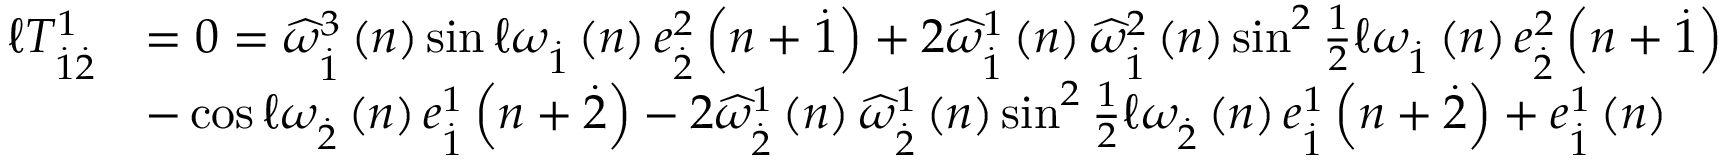
\begin{array} { r l } { \mathcal { \ell } T _ { \overset { . } { 1 } \overset { . } { 2 } } ^ { 1 } } & { = 0 = \widehat { \omega } _ { \overset { . } { 1 } } ^ { 3 } \left( n \right) \sin \mathcal { \ell } \omega _ { \overset { . } { 1 } } \left( n \right) e _ { \overset { . } { 2 } } ^ { 2 } \left( n + \overset { . } { 1 } \right) + 2 \widehat { \omega } _ { \overset { . } { 1 } } ^ { 1 } \left( n \right) \widehat { \omega } _ { \overset { . } { 1 } } ^ { 2 } \left( n \right) \sin ^ { 2 } \frac { 1 } { 2 } \mathcal { \ell } \omega _ { \overset { . } { 1 } } \left( n \right) e _ { \overset { . } { 2 } } ^ { 2 } \left( n + \overset { . } { 1 } \right) } \\ & { - \cos \mathcal { \ell } \omega _ { \overset { . } { 2 } } \left( n \right) e _ { \overset { . } { 1 } } ^ { 1 } \left( n + \overset { . } { 2 } \right) - 2 \widehat { \omega } _ { \overset { . } { 2 } } ^ { 1 } \left( n \right) \widehat { \omega } _ { \overset { . } { 2 } } ^ { 1 } \left( n \right) \sin ^ { 2 } \frac { 1 } { 2 } \mathcal { \ell } \omega _ { \overset { . } { 2 } } \left( n \right) e _ { \overset { . } { 1 } } ^ { 1 } \left( n + \overset { . } { 2 } \right) + e _ { \overset { . } { 1 } } ^ { 1 } \left( n \right) } \end{array}